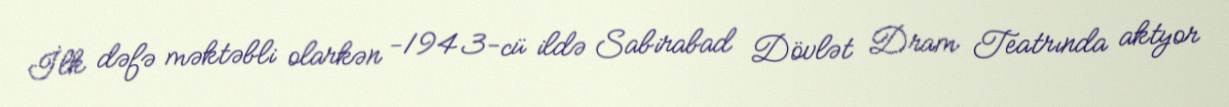
İlk dəfə məktəbli olarkən −1943-cü ildə Sabirabad Dövlət Dram Teatrında aktyor